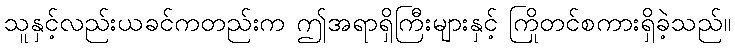
သူနှင့်လည်းယခင်ကတည်းက ဤအရာရှိကြီးများနှင့် ကြိုတင်စကားရှိခဲ့သည်။